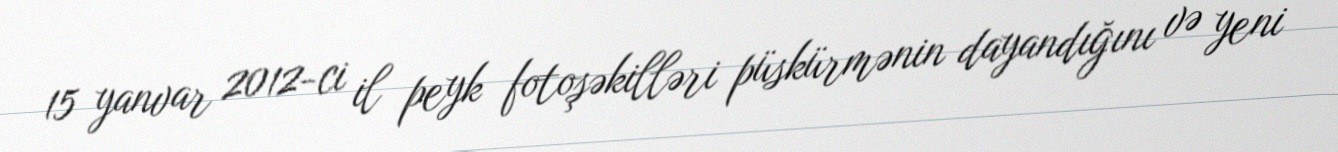
15 yanvar 2012-ci il peyk fotoşəkilləri püskürmənin dayandığını və yeni